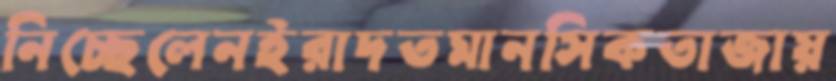
নিচ্ছেলেনইরাদতমানসিকতাজায়